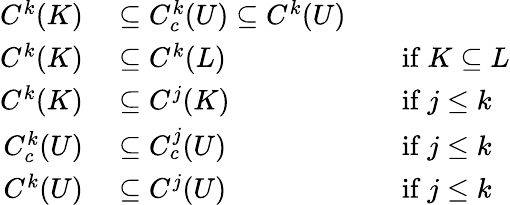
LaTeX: \begin{array}{rlrl}{C^{k}(K)}&{{}\subseteq C_{c}^{k}(U)\subseteq C^{k}(U)}\\ {C^{k}(K)}&{{}\subseteq C^{k}(L)}&{}&{{}{\mathrm{if~}}K\subseteq L}\\ {C^{k}(K)}&{{}\subseteq C^{j}(K)}&{}&{{}{\mathrm{if~}}j\leq k}\\ {C_{c}^{k}(U)}&{{}\subseteq C_{c}^{j}(U)}&{}&{{}{\mathrm{if~}}j\leq k}\\ {C^{k}(U)}&{{}\subseteq C^{j}(U)}&{}&{{}{\mathrm{if~}}j\leq k}\end{array}